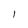
Character: I